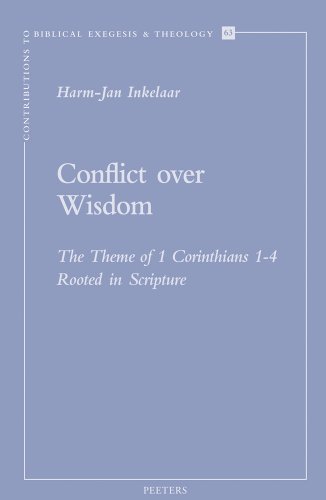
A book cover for Conflict over Wisdom: The Theme of 1 Corinthians 1-4 Rooted in Scripture (Contributions to Biblical Exegesis and Theology); H.-J. Inkelaar; Christian Books & Bibles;